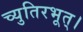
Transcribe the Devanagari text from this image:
च्युतिरभूत्।